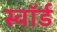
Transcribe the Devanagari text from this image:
स्वाॅर्ड